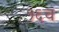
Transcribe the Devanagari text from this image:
१६च